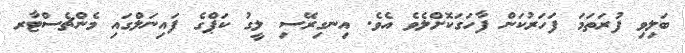
ބަލިވި ފުރަތަމަ ފަހަރުކަން ފާހަގަކޮށްލެވެ އެވެ. އިނގިރޭސި ލީގު ކަޕްގެ ފައިނަލްގައި މެންޗެސްޓާރ